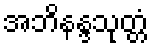
အဘိနန္ဒသုတ္တံ